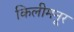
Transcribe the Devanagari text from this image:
किलीमनूर